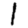
Digit: 1